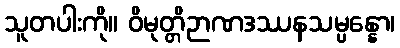
သူတပါးကို။ ဝိမုတ္တိဉာဏဒဿနသမ္ပန္နော၊